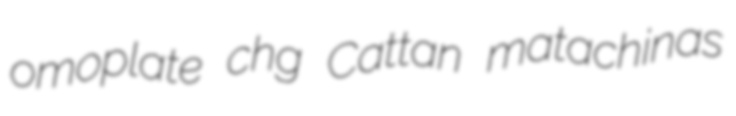
omoplate chg Cattan matachinas